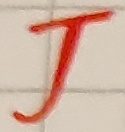
Text: J